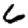
Digit: 6